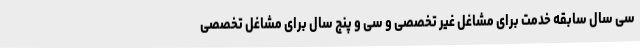
سی سال سابقه خدمت برای مشاغل غیر تخصصی و سی و پنج سال برای مشاغل تخصصی